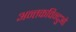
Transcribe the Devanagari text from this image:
अन्तकविन्दुओं